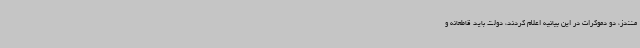
منندز،‌ دو دموکرات در این بیانیه اعلام کردند، دولت باید قاطعانه و